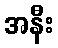
အနီး